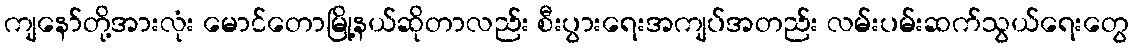
ကျနော်တို့အားလုံး မောင်တောမြို့နယ်ဆိုတာလည်း စီးပွားရေးအကျပ်အတည်း လမ်းပမ်းဆက်သွယ်ရေးတွေ